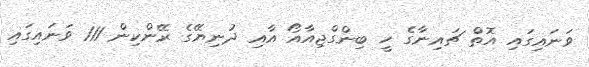
ވަނައިގައި އޮތް ޗައިނާގެ ހީ ބިންގްޖިއާއޯ އާއި ދުނިޔޭގެ ރޭންކިން 111 ވަނައިގައި